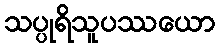
သပ္ပုရိသူပဿယော